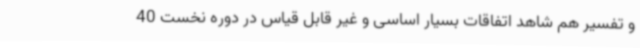
و تفسیر هم شاهد اتفاقات بسیار اساسی و غیر قابل قیاس در دوره نخست 40